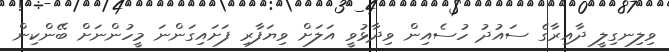
ވިލިނގިލީ ދާއިރާގެ ސައުދު ހުސެއިން ވިދާޅުވީ އަލަށް ވިޔަފާރި ފަށައިގަންނަ މީހުންނަށް ބޭންކިން